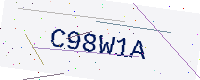
Text: C98W1A